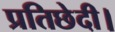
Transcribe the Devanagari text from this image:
प्रतिछेदी।